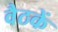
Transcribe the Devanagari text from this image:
वैठकें